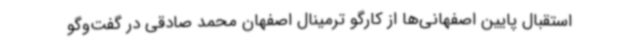
استقبال پایین اصفهانی‌ها از کارگو ترمینال اصفهان محمد صادقی در گفت‌وگو